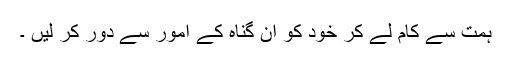
ہمت سے کام لے کر خود کو ان گناہ کے امور سے دور کر لیں ۔